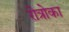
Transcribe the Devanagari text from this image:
रोत्रोका